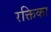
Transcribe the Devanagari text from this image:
रक्तिका